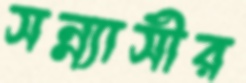
সন্ন্যাসীর